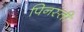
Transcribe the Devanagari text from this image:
पिनस्ती